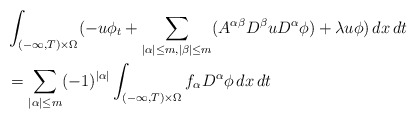
\begin{align*}&\int_{(-\infty,T)\times \Omega}( -u\phi_t+\sum_{|\alpha|\le m, |\beta|\le m}(A^{\alpha\beta}D^\beta uD^\alpha \phi)+\lambda u\phi)\,dx\,dt\\&=\sum_{|\alpha|\le m}(-1)^{|\alpha|}\int_{(-\infty,T)\times \Omega} f_\alpha D^\alpha \phi \,dx\,dt\end{align*}